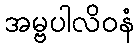
အမ္ဗပါလိဝနံ